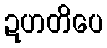
ဍဟတိပေ